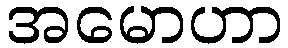
အမောဟာ